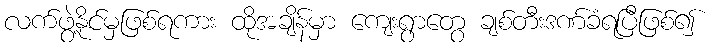
လက်ဖွဲ့နိုင်မှဖြစ်ရကား ထိုအချိန်မှာ ကျေးရွာတွေ ချစ်တီးဒဏ်ခံရပြီဖြစ်၍